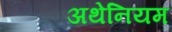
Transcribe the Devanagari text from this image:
अथेनियम